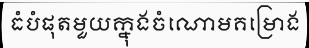
ធំបំផុតមួយក្នុងចំណោមគម្រោង